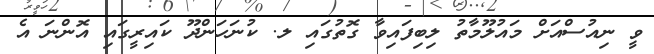
ވީ ނިއުސްއަށް މައުލޫމާތު ލިބިފައިވާ ގޮތުގައި ލ. ކުނަހަންދޫ ކައިރީގައި އޮންނަ އެ